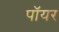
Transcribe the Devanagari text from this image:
पॉयर